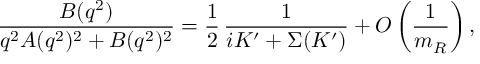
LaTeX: \frac { B ( q ^ { 2 } ) } { q ^ { 2 } A ( q ^ { 2 } ) ^ { 2 } + B ( q ^ { 2 } ) ^ { 2 } } = \frac { 1 } { 2 } \, \frac { 1 } { i K ^ { \prime } + \Sigma ( K ^ { \prime } ) } + O \left( \frac { 1 } { m _ { R } } \right) ,